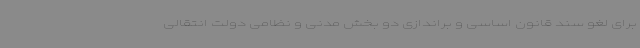
برای لغو سند قانون اساسی و براندازی دو بخش مدنی و نظامی دولت انتقالی